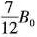
\frac{7}{12}B_{0}